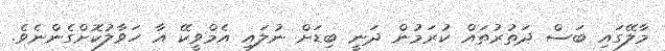
މާލޭގައި ބަސް ދަތުރުތައް ކުރަމުން ދަނީ ބިޑަށް ނުލައި އެމްވީކޭ އާ ހަވާލުކޮށްގެންނެވެ.